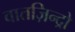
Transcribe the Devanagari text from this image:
वातज़िन्द्रो